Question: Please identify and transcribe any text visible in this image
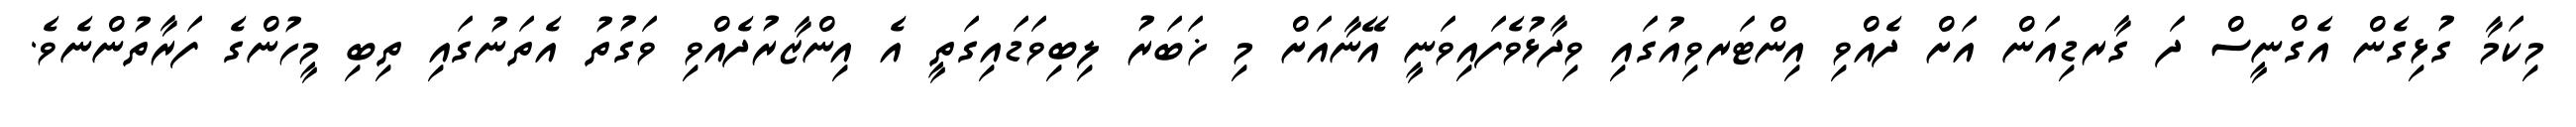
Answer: މިކަމާ ގުޅިގެން އެގްނީސް ދަ ގާރޑިއަން އަށް ދެއްވި އިންޓަރވިއުގައި ވިދާޅުވެފައިވަނީ އޭނާއަށް މި ޚަބަރު ލިބިވަޑައިގަތީ އެ އިންޒާރުދެއްވި ވަގުތު އެތަނުގައި ތިބި މީހުންގެ ފަރާތުންނެވެ.